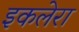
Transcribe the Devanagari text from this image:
इकलेरा